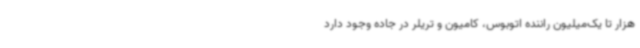
هزار تا یک‌میلیون راننده اتوبوس، کامیون و تریلر در جاده وجود دارد